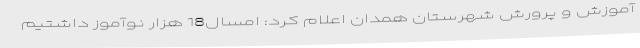
آموزش و پرورش شهرستان همدان اعلام کرد: امسال18 هزار نوآموز داشتیم